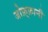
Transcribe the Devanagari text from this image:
जोफ़्फ़ानी